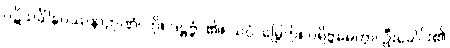
ပဋိသင်္ခါနုပဿနာဉာဏံ၊ ကို။ ဒဋ္ဌဗ္ဗံ၊ ၏။ သပ္ပံ၊ မြွေကို။ ပရိဗ္ဘမေတွာ၊ ဦးခေါင်း၏